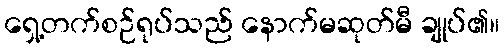
ရှေ့တက်စဉ်ရုပ်သည် နောက်မဆုတ်မီ ချုပ်၏။